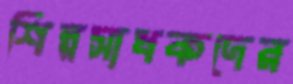
শিল্পসাধকদের